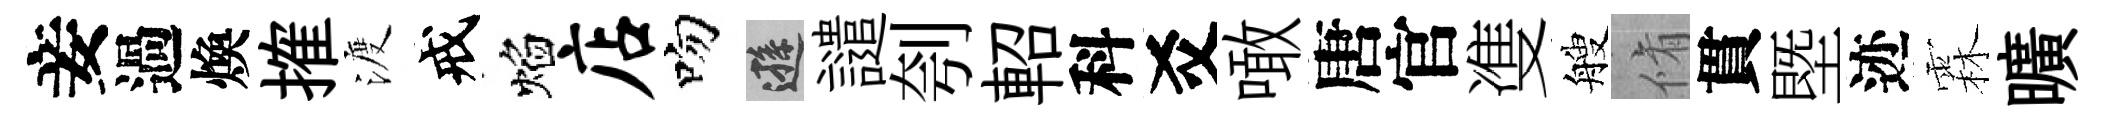
妾過煥搉渡戒焰店吻遜譴刳軺科爻噉唐官㕠艘脩貫塈迹霖曠